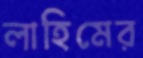
লাহিমের